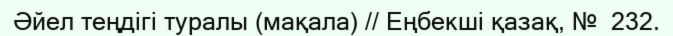
Әйел теңдігі туралы (мақала) // Еңбекші қазақ, №  232.